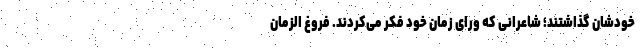
خودشان گذاشتند؛ شاعرانی که ورای زمان خود فکر می‌کردند. فروغ الزمان